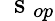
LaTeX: \mathrm{~\mathbf~s~}_{op}